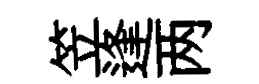
笠逢两